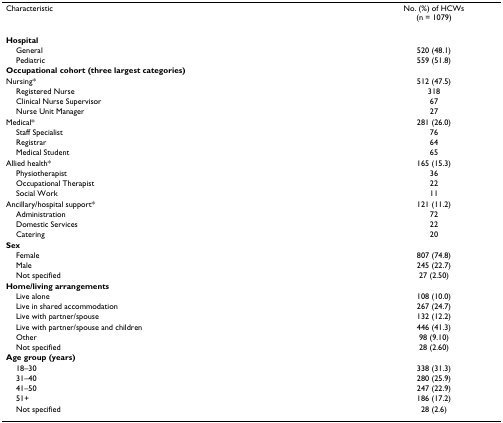
<table><thead><tr><td><b>Characteristic</b></td><td><b>No. (%) of HCWs(n = 1079)</b></td></tr></thead><tbody><tr><td><b>Hospital</b></td><td></td></tr><tr><td> General</td><td>520 (48.1)</td></tr><tr><td> Pediatric</td><td>559 (51.8)</td></tr><tr><td><b>Occupational cohort (three largest categories)</b></td><td></td></tr><tr><td>Nursing*</td><td>512 (47.5)</td></tr><tr><td> Registered Nurse</td><td>318</td></tr><tr><td> Clinical Nurse Supervisor</td><td>67</td></tr><tr><td> Nurse Unit Manager</td><td>27</td></tr><tr><td>Medical*</td><td>281 (26.0)</td></tr><tr><td> Staff Specialist</td><td>76</td></tr><tr><td> Registrar</td><td>64</td></tr><tr><td> Medical Student</td><td>65</td></tr><tr><td>Allied health*</td><td>165 (15.3)</td></tr><tr><td> Physiotherapist</td><td>36</td></tr><tr><td> Occupational Therapist</td><td>22</td></tr><tr><td> Social Work</td><td>11</td></tr><tr><td>Ancillary/hospital support*</td><td>121 (11.2)</td></tr><tr><td> Administration</td><td>72</td></tr><tr><td> Domestic Services</td><td>22</td></tr><tr><td> Catering</td><td>20</td></tr><tr><td><b>Sex</b></td><td></td></tr><tr><td> Female</td><td>807 (74.8)</td></tr><tr><td> Male</td><td>245 (22.7)</td></tr><tr><td> Not specified</td><td>27 (2.50)</td></tr><tr><td><b>Home/living arrangements</b></td><td></td></tr><tr><td> Live alone</td><td>108 (10.0)</td></tr><tr><td> Live in shared accommodation</td><td>267 (24.7)</td></tr><tr><td> Live with partner/spouse</td><td>132 (12.2)</td></tr><tr><td> Live with partner/spouse and children</td><td>446 (41.3)</td></tr><tr><td> Other</td><td>98 (9.10)</td></tr><tr><td> Not specified</td><td>28 (2.60)</td></tr><tr><td><b>Age group (years)</b></td><td></td></tr><tr><td> 18–30</td><td>338 (31.3)</td></tr><tr><td> 31–40</td><td>280 (25.9)</td></tr><tr><td> 41–50</td><td>247 (22.9)</td></tr><tr><td> 51+</td><td>186 (17.2)</td></tr><tr><td> Not specified</td><td>28 (2.6)</td></tr></tbody></table>